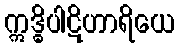
ဣဒ္ဓိပါဋိဟာရိယေ